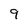
Character: 9